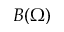
B ( \Omega )